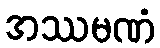
အဿမဏံ